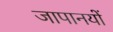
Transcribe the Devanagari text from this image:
जापानयों